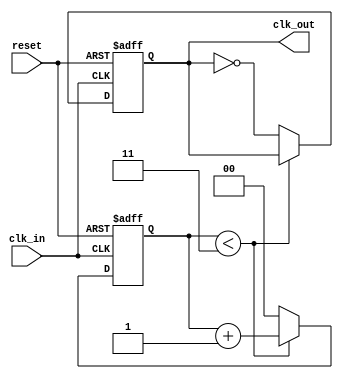
module parameterized_clock_divider #(
    parameter DIV_FACTOR = 4  // Division factor, must be a positive integer
)(
    input wire clk_in,         // Input clock signal
    input wire reset,          // Active high asynchronous reset
    output reg clk_out         // Output clock signal
);

    // Internal counter
    reg [$clog2(DIV_FACTOR)-1:0] count; // Counter to track clock cycles

    // Always block for clock division logic
    always @(posedge clk_in or posedge reset) begin
        if (reset) begin
            count <= 0;         // Reset the counter
            clk_out <= 0;       // Initialize output clock to low
        end else begin
            if (count < DIV_FACTOR - 1) begin
                count <= count + 1; // Increment the counter
            end else begin
                count <= 0;         // Reset counter
                clk_out <= ~clk_out; // Toggle the output clock
            end
        end
    end

endmodule